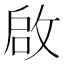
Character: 啟